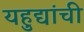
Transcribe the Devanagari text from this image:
यहुद्यांची